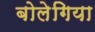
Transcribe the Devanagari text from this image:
बोलेगिया